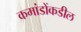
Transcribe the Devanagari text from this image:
कमांडोंकडील